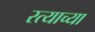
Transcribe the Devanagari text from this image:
रत्याच्या